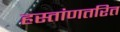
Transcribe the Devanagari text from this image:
हस्तांणतरित